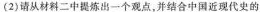
(2)请从材料二中提炼出一个观点，并结合中国近现代史的